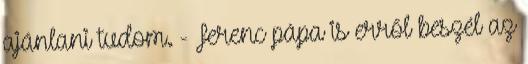
ajánlani tudom. - Ferenc pápa is erről beszél az